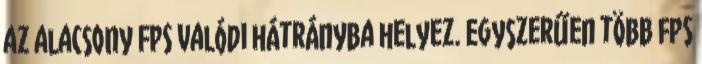
az alacsony FPS valódi hátrányba helyez. Egyszerűen több fps